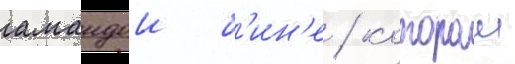
амандои б'ин'е / которои